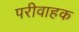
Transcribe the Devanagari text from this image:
परीवाहक